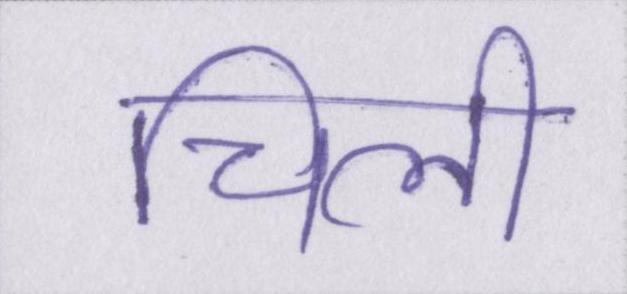
चिली